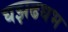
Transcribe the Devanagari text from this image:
घझढधभ